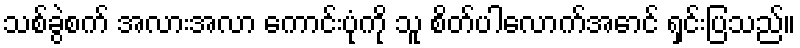
သစ်ခွဲစက် အလားအလာ ကောင်းပုံကို သူ စိတ်ပါလောက်အောင် ရှင်းပြသည်။